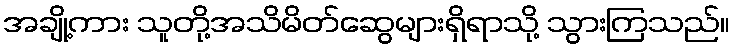
အချို့ကား သူတို့အသိမိတ်ဆွေများရှိရာသို့ သွားကြသည်။